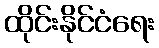
ထိုင်းနိုင်ငံရေး